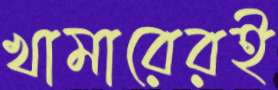
খামারেরই